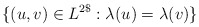
\begin{align*}\{(u, v) \in L^{2\$}: \lambda (u) = \lambda (v)\}\end{align*}